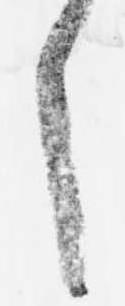
之